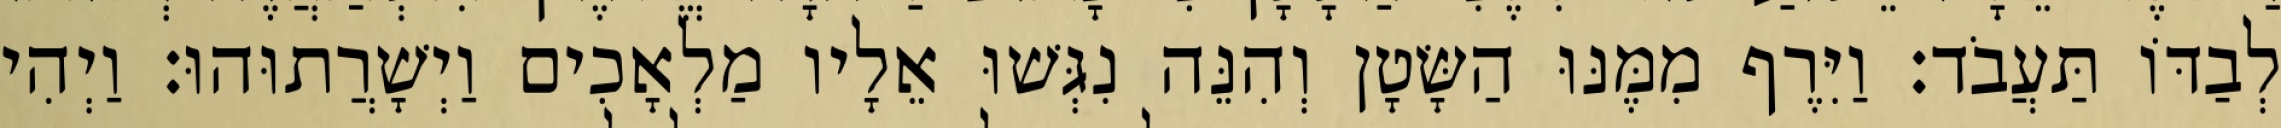
לְבַדּוֹ תַּעֲבֹד׃ וַיִּרֶף מִמֶּנּוּ הַשָּׂטָן וְהִנֵּה נִגְּשׁוּ אֵלָיו מַלְאָכִים וַיְשָׁרֲתוּהוּ׃ וַיְהִי